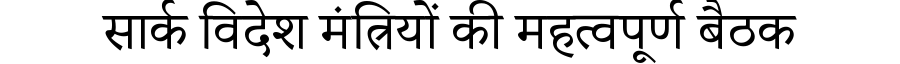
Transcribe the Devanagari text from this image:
सार्क विदेश मंत्रियों की महत्वपूर्ण बैठक